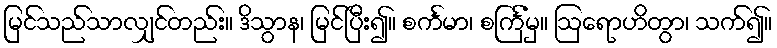
မြင်သည်သာလျှင်တည်း။ ဒိသွာန၊ မြင်ပြီး၍။ စင်္ကမာ၊ စင်္ကြံမှ။ ဩရောဟိတွာ၊ သက်၍။